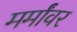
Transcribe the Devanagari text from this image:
मर्मांवर